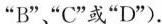
”B”、”C”或”D”).